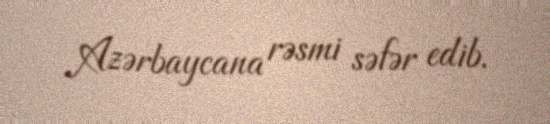
Azərbaycana rəsmi səfər edib.